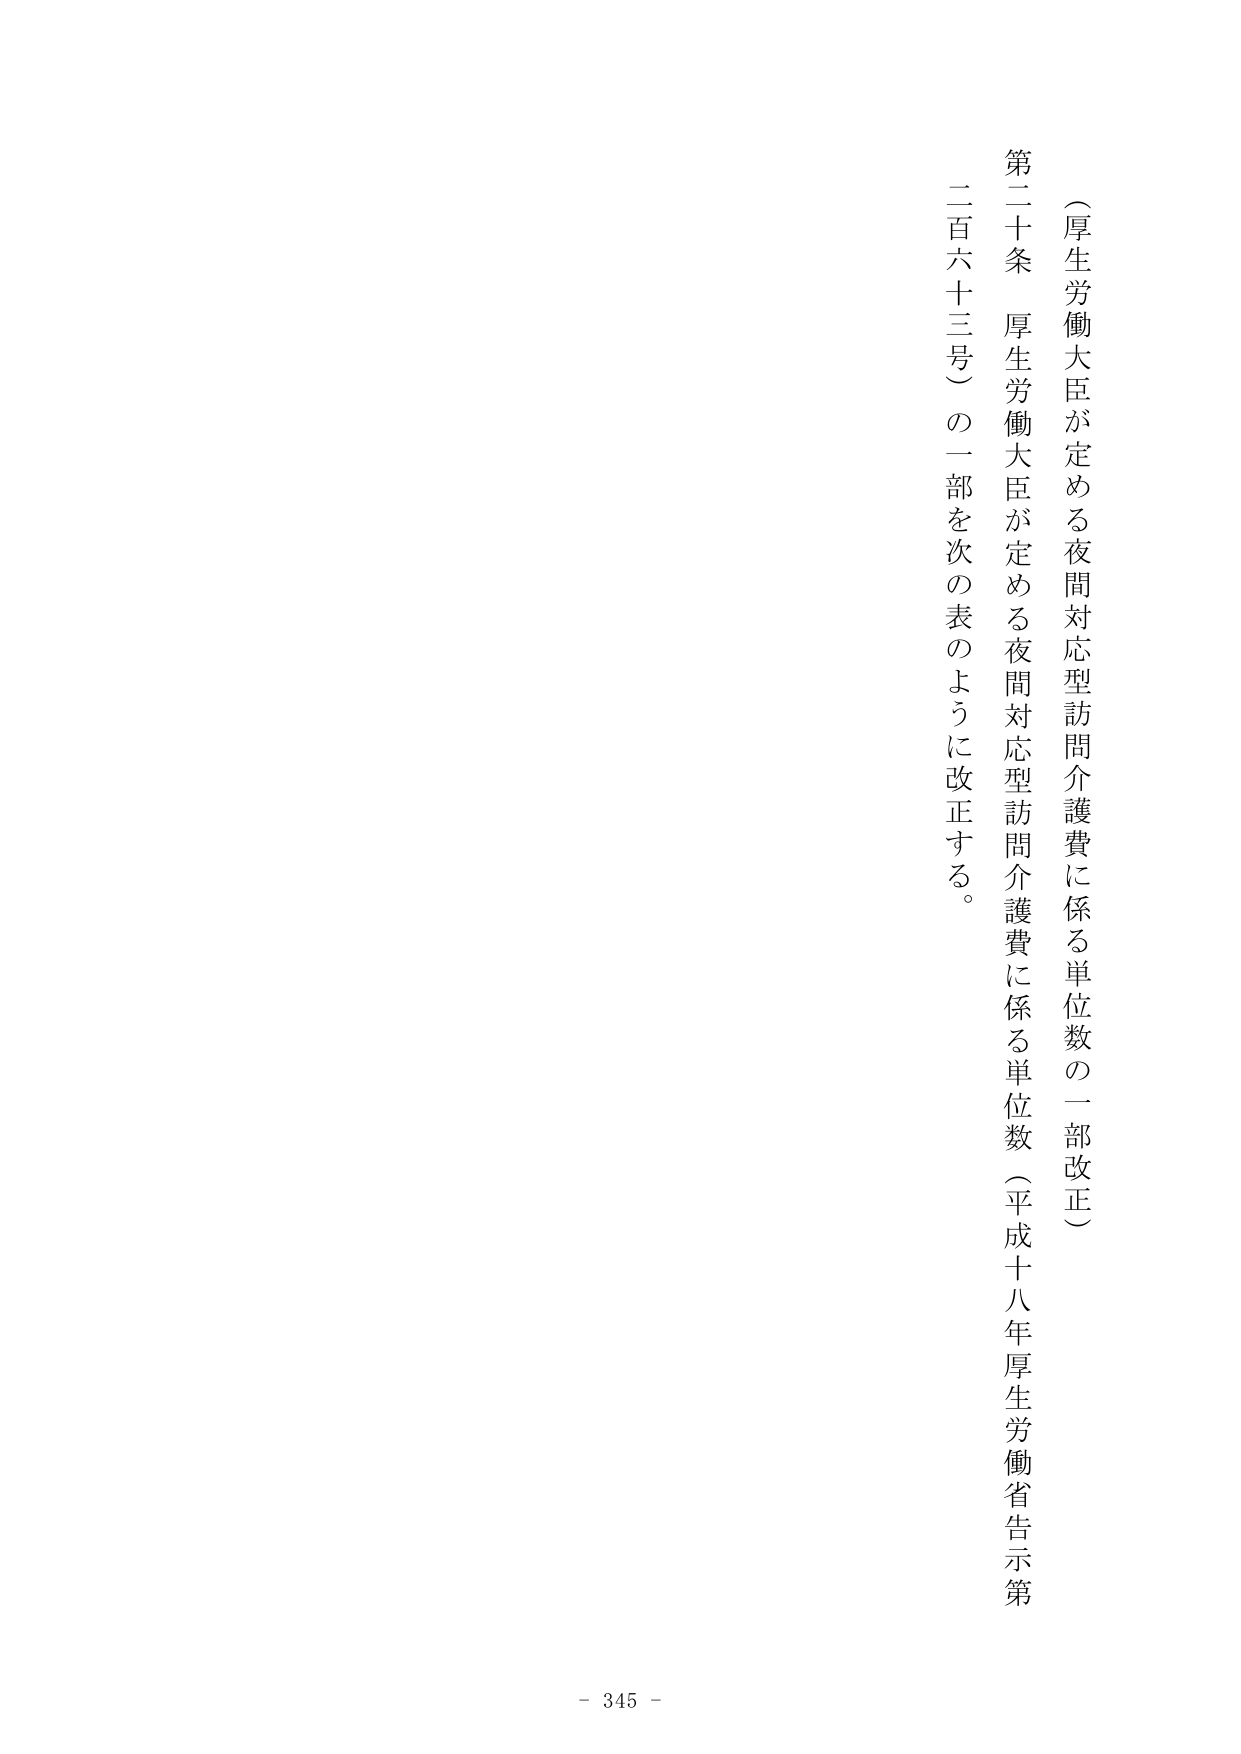
（厚生労働大臣が定める夜間対応型訪問介護費に係る単位数の一部改正）

第二十条　厚生労働大臣が定める夜間対応型訪問介護費に係る単位数（平成十八年厚生労働省告示第二百六十三号）の一部を次の表のように改正する。

- 345 -